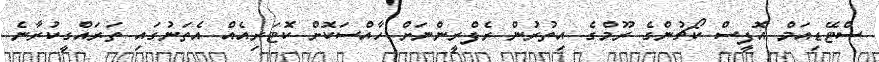
ސްޓޭޑިއަމް އޮފީސް ކޯޗުންގެ ރޫމްގެ އިތުރުން ރެފްރީންނަށް ހާއްސަކޮށް ކޮޓަރިއެއް އެތަނުގައި ތަރައްގީކުރާނެ